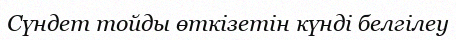
Сүндет тойды өткізетін күнді белгілеу